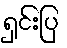
ရှင်းပြ